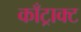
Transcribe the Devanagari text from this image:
काँट्राक्ट